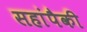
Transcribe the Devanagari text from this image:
सहांपैकी